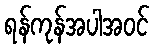
ရန်ကုန်အပါအဝင်